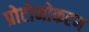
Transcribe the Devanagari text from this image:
प्रोटोनोकरण